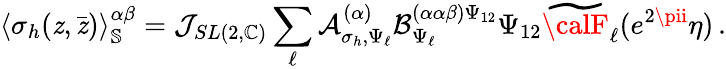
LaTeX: \langle\sigma_{h}(\mathit{z},\bar{{\mathit{z}}})\rangle_{\mathbb{{S}}}^{\alpha\beta}=\mathcal{{J}}_{SL(2,\mathbb{{C}})}\sum_{\ell}\mathcal{{A}}_{\sigma_{h},\Psi_{\ell}}^{(\alpha)}\mathcal{{B}}_{\Psi_{\ell}}^{(\alpha\alpha\beta)\Psi_{12}}{\Psi_{12}}\widetilde{{\calF}}_{\ell}(e^{2\pii}\eta)\, .